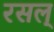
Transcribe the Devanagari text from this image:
रसल्